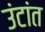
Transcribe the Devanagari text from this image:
उंटांत